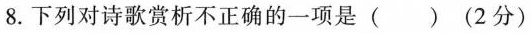
8. 下列对诗歌赏析不正确的一项是 ( ) (2分)